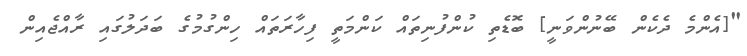
"[އެންމެ ދެކެން ބޭނުންވަނީ] ބޮޑެތި ކުންފުނިތައް ކަންމަތީ ފިހާރަތައް ހިންގުމުގެ ބަދަލުގައި ރާއްޖެއިން